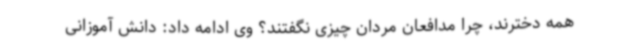
همه دخترند، چرا مدافعان مردان چیزی نگفتند؟ وی ادامه داد: دانش آموزانی